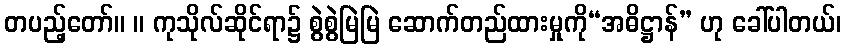
တပည့်တော်။ ။ ကုသိုလ်ဆိုင်ရာ၌ စွဲစွဲမြဲမြဲ ဆောက်တည်ထားမှုကို“အဓိဋ္ဌာန်” ဟု ခေါ်ပါတယ်၊